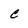
Character: C